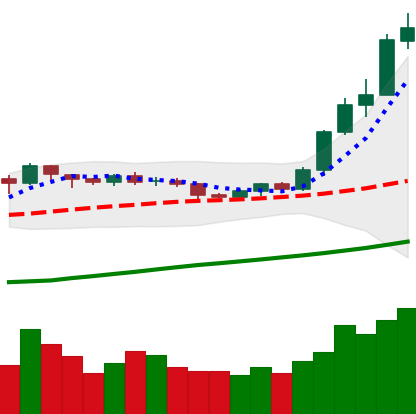
Ticker: ETH-USD
Chart end date: 2020-07-26
Forward return: 11.597%
Label: up_7plus